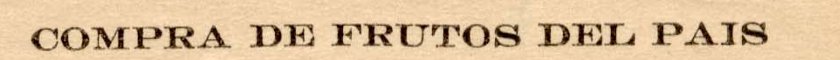
COMPRA DE FRUTOS DEL PAIS